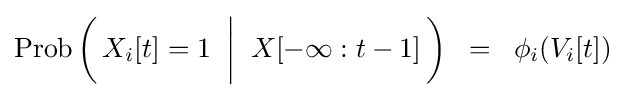
\mathop {\mathrm {Prob} } {\biggl (}\,X_{i}[t]=1\;\mathrel {\bigg |} \;X[-\infty :t-1]\,{\biggr )}\;\;=\;\;\phi _{i}(V_{i}[t])